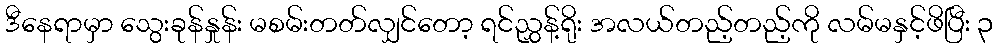
ဒီနေရာမှာ သွေးခုန်နှုန်း မစမ်းတတ်လျှင်တော့ ရင်ညွှန့်ရိုး အလယ်တည့်တည့်ကို လမ်မနှင့်ဖိပြီး ၃